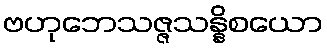
ဗဟုဘေသဇ္ဇသန္နိစယော